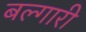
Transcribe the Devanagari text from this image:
बल्गारी